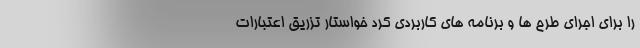
را برای اجرای طرح ها و برنامه های کاربردی کرد خواستار تزریق اعتبارات